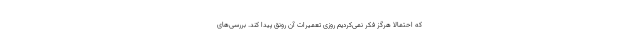
که احتمالا هرگز فکر نمی‌کردیم روزی تعمیرات آن رونق پیدا کند. بررسی‌های